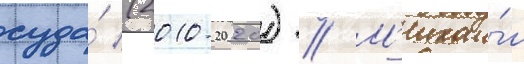
суда́ (2010-2020) // М'ихаи́л